Report on lock hospitals in British Burma
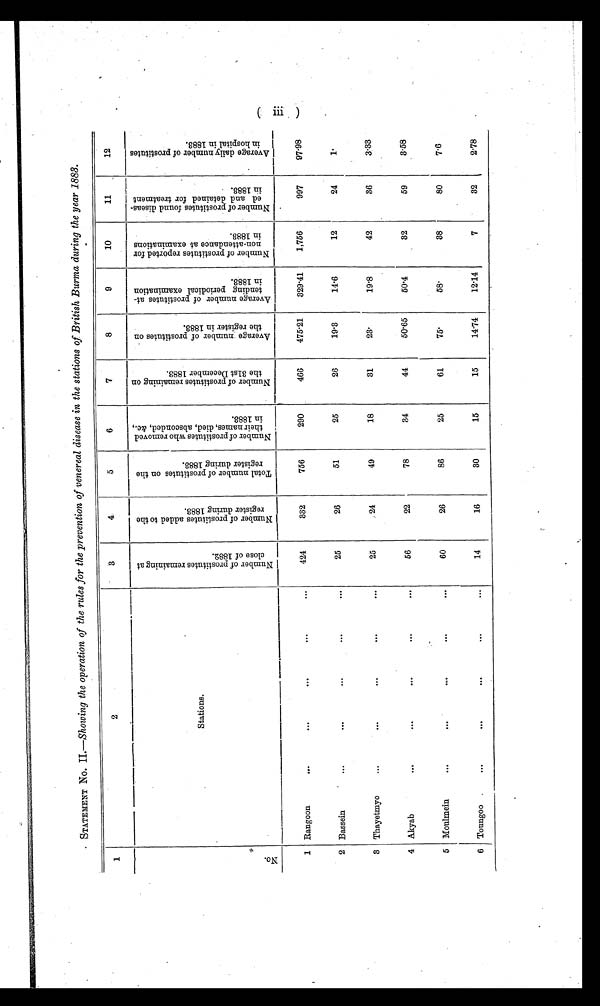
STATEMENT No. II.—Showing the operation of the rules for the prevention of venereal disease in the stations of British Burma during the year 1883.
1
2
3
4.
5
6
7
8
9
10
11
12
N o .
Stations.
N u m b e r o f p r o s t i t u t e s r e m a i n g a t
c l o s e o f 1 8 8 2 .
N u m b e r o f p r o s t i t u t e s a d d e d t o t h e
r e g i s t e r d u r i n g 1 8 8 3 .
T o t a l n u m b e r o f p r o s t i t u t e s o n t h e
r e i g s t e r d u r i n g 1 8 8 3 .
N u m b e r o f p r o s t i t u t e s w h o r e m o v e d
t h e i r n a m e s , d i e d , a b s c o n d e d , & c . ,i
n 1 8 8 3 .
N u m b e r o f p r o s t i t u t e s r e m a i n i n g
o n
t h e 3 1 s t D e c e m b e r 1 8 8 3 .
A v e r a g e n u m b e r o f p r o s t i t u t e s o n
t h e r e i g s t e r i n 1 8 8 3 .
A v e r a g e n u m b e r o f p r o s t i t u t e s a t -
t e n d i n g p e r i o d i c a l e x a m i n a t i o n
i n 1 8 8 3 .
N u m b e r o f p r o s t i t u t e s r e p o r t e d f o r
n o n - a t t e n d a n c e a t e x a m i n a t i o n s
i n 1883.
N u m b e r o f p r o s t i t u t e s f o u n d d i s e a s -
e d a n d d e t a i n e d f o r t r e a t m e n ti
n 1 8 8 3 .
A v e r a g e d a i l y n u m b e r o f p r o s t i t u t e s
i n h o s p i t a l i n 1 8 8 3 .
Rangoon
. . .
. . .
...
...
...
424
332
756
290
466
475.21
329.41
1,756
997
97.98
2 Bassein
. . .
. . .
. . .
. . .
. . .
25
26
51
25
26
19.3
14.6
12
24
1
3 Thayetmyo
...
. . .
...
. . .
. . .
25
24
49
18
31
23.
19'8
42
36
3.33
4 Akyab
. . .
...
...
. . .
. . .
56
22
78
34
44
50.65
50.4
32
59
3.58
5 Moulmein
...
. . .
. . .
...
. . .
60
26
86
25
61
75.
5 8 .
38
80
7.'6
6 Toungoo
. . .
. . .
...
...
...
14
16
30
15
15
14.74
12.14
7
32
2.78
( iii )